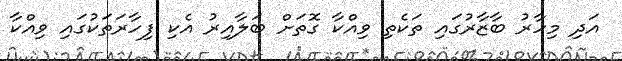
އަދި މިހާރު ބާޒާރުގައި ތަކެތި ވިއްކާ ގޮތަށް ބަލާއިރު އެކި ފިހާރަތަކުގައި ވިއްކާ